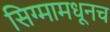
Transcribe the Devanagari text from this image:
सिग्मामधूनच